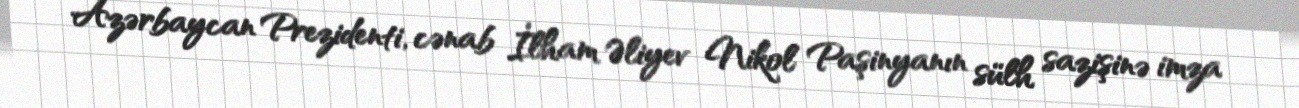
Azərbaycan Prezidenti, cənab İlham Əliyev Nikol Paşinyanın sülh sazişinə imza